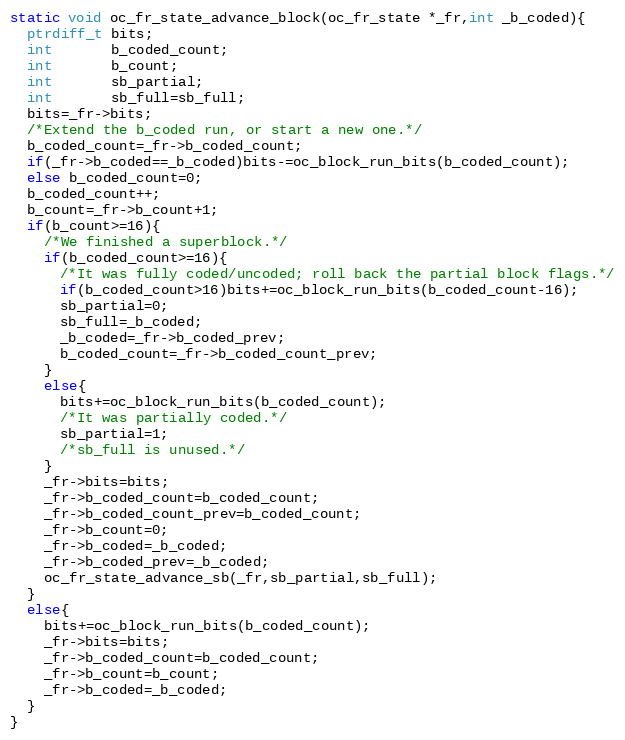
Language: C
static void oc_fr_state_advance_block(oc_fr_state *_fr,int _b_coded){
  ptrdiff_t bits;
  int       b_coded_count;
  int       b_count;
  int       sb_partial;
  int       sb_full=sb_full;
  bits=_fr->bits;
  /*Extend the b_coded run, or start a new one.*/
  b_coded_count=_fr->b_coded_count;
  if(_fr->b_coded==_b_coded)bits-=oc_block_run_bits(b_coded_count);
  else b_coded_count=0;
  b_coded_count++;
  b_count=_fr->b_count+1;
  if(b_count>=16){
    /*We finished a superblock.*/
    if(b_coded_count>=16){
      /*It was fully coded/uncoded; roll back the partial block flags.*/
      if(b_coded_count>16)bits+=oc_block_run_bits(b_coded_count-16);
      sb_partial=0;
      sb_full=_b_coded;
      _b_coded=_fr->b_coded_prev;
      b_coded_count=_fr->b_coded_count_prev;
    }
    else{
      bits+=oc_block_run_bits(b_coded_count);
      /*It was partially coded.*/
      sb_partial=1;
      /*sb_full is unused.*/
    }
    _fr->bits=bits;
    _fr->b_coded_count=b_coded_count;
    _fr->b_coded_count_prev=b_coded_count;
    _fr->b_count=0;
    _fr->b_coded=_b_coded;
    _fr->b_coded_prev=_b_coded;
    oc_fr_state_advance_sb(_fr,sb_partial,sb_full);
  }
  else{
    bits+=oc_block_run_bits(b_coded_count);
    _fr->bits=bits;
    _fr->b_coded_count=b_coded_count;
    _fr->b_count=b_count;
    _fr->b_coded=_b_coded;
  }
}